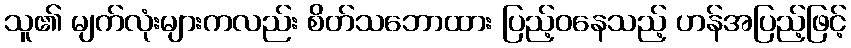
သူ၏ မျက်လုံးများကလည်း စိတ်သဘောထား ပြည့်ဝနေသည့် ဟန်အပြည့်ဖြင့်